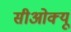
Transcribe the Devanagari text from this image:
सीओक्यू